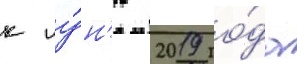
к иу́н'ю 2019 го́да